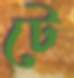
টে